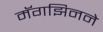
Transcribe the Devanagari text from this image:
मॅगझिनने